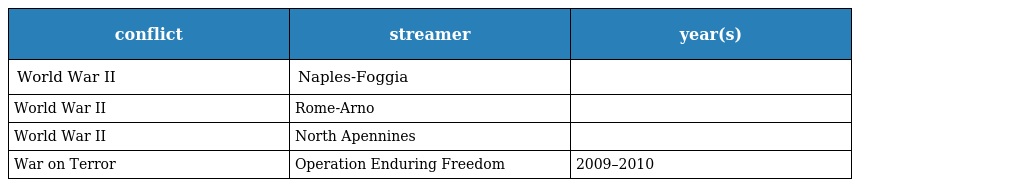
| conflict | streamer | year(s) |
 | --- | --- | --- |
 | World War II | Naples-Foggia |  |
 | World War II | Rome-Arno |  |
 | World War II | North Apennines |  |
 | War on Terror | Operation Enduring Freedom | 2009–2010 |